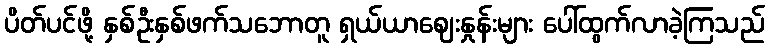
ပိတ်ပင်ဖို့ နှစ်ဦးနှစ်ဖက်သဘောတူ ရှယ်ယာဈေးနှုန်းများ ပေါ်ထွက်လာခဲ့ကြသည်